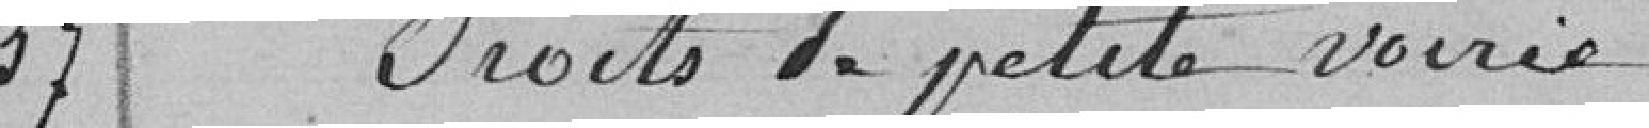
37 Droits de petite voirie